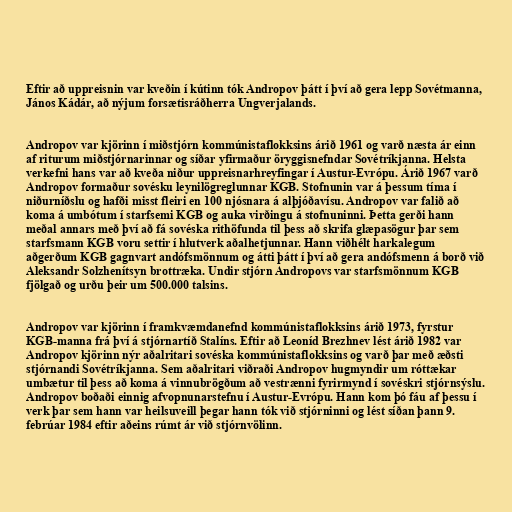
Eftir að uppreisnin var kveðin í kútinn tók Andropov þátt í því að gera lepp Sovétmanna,
János Kádár, að nýjum forsætisráðherra Ungverjalands.

Andropov var kjörinn í miðstjórn kommúnistaflokksins árið 1961 og varð næsta ár einn
af riturum miðstjórnarinnar og síðar yfirmaður öryggisnefndar Sovétríkjanna. Helsta
verkefni hans var að kveða niður uppreisnarhreyfingar í Austur-Evrópu. Árið 1967 varð
Andropov formaður sovésku leynilögreglunnar KGB. Stofnunin var á þessum tíma í
niðurníðslu og hafði misst fleiri en 100 njósnara á alþjóðavísu. Andropov var falið að
koma á umbótum í starfsemi KGB og auka virðingu á stofnuninni. Þetta gerði hann
meðal annars með því að fá sovéska rithöfunda til þess að skrifa glæpasögur þar sem
starfsmann KGB voru settir í hlutverk aðalhetjunnar. Hann viðhélt harkalegum
aðgerðum KGB gagnvart andófsmönnum og átti þátt í því að gera andófsmenn á borð við
Aleksandr Solzhenítsyn brottræka. Undir stjórn Andropovs var starfsmönnum KGB
fjölgað og urðu þeir um 500.000 talsins.

Andropov var kjörinn í framkvæmdanefnd kommúnistaflokksins árið 1973, fyrstur
KGB-manna frá því á stjórnartíð Stalíns. Eftir að Leoníd Brezhnev lést árið 1982 var
Andropov kjörinn nýr aðalritari sovéska kommúnistaflokksins og varð þar með æðsti
stjórnandi Sovétríkjanna. Sem aðalritari viðraði Andropov hugmyndir um róttækar
umbætur til þess að koma á vinnubrögðum að vestrænni fyrirmynd í sovéskri stjórnsýslu.
Andropov boðaði einnig afvopnunarstefnu í Austur-Evrópu. Hann kom þó fáu af þessu í
verk þar sem hann var heilsuveill þegar hann tók við stjórninni og lést síðan þann 9.
febrúar 1984 eftir aðeins rúmt ár við stjórnvölinn.